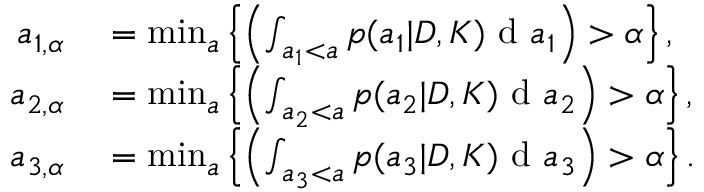
\begin{array} { r l } { a _ { 1 , \alpha } } & { { } = \operatorname* { m i n } _ { a } \left\{ \left( \int _ { a _ { 1 } < a } p ( a _ { 1 } | D , K ) \textup { d } a _ { 1 } \right) > \alpha \right\} , } \\ { a _ { 2 , \alpha } } & { { } = \operatorname* { m i n } _ { a } \left\{ \left( \int _ { a _ { 2 } < a } p ( a _ { 2 } | D , K ) \textup { d } a _ { 2 } \right) > \alpha \right\} , } \\ { a _ { 3 , \alpha } } & { { } = \operatorname* { m i n } _ { a } \left\{ \left( \int _ { a _ { 3 } < a } p ( a _ { 3 } | D , K ) \textup { d } a _ { 3 } \right) > \alpha \right\} . } \end{array}